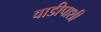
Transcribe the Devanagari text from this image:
वाडीपाशी